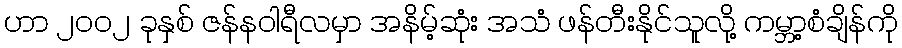
ဟာ ၂၀၀၂ ခုနှစ် ဇန်နဝါရီလမှာ အနိမ့်ဆုံး အသံ ဖန်တီးနိုင်သူလို့ ကမ္ဘာ့စံချိန်ကို